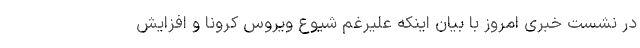
در نشست خبری امروز با بیان اینکه علیرغم شیوع ویروس کرونا و افزایش